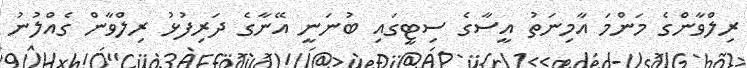
ރިލްވާންގެ މަންމަ އާމިނަތު އީސާގެ ސިޓީގައި ބުނަނީ އޭނާގެ ދަރިފުޅު ރިލްވާން ގެއްލުނު